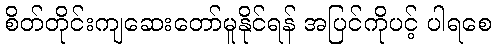
စိတ်တိုင်းကျဆေးတော်မူနိုင်ရန် အပြင်ကိုပင့် ပါရစေ